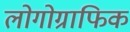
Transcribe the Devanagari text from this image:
लोगोग्राफिक